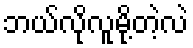
ဘယ်လိုလူမို့တဲ့လဲ